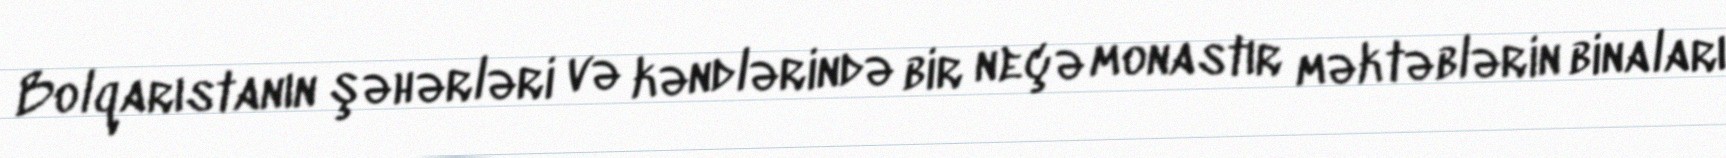
Bolqarıstanın şəhərləri və kəndlərində bir neçə monastır məktəblərin binaları